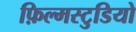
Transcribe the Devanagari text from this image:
फ़िल्मस्टुडियो